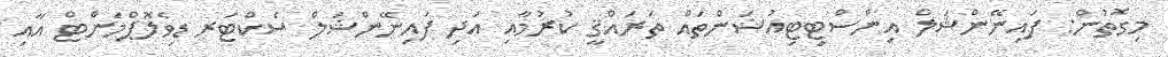
މިގޮތުން: ފައިނޭންޝަލް އިންސްޓިޓިއުޝަންތައް ތަރައްޤީ ކުރުމާއި އަދި ފައިނޭންޝަލް ސެކްޓަރ ޑިވެލޮޕްމަންޓް އާއި